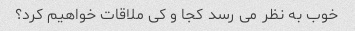
خوب به نظر می رسد کجا و کی ملاقات خواهیم کرد؟